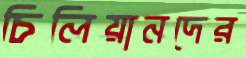
চিলিয়ানদের